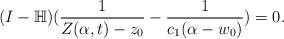
LaTeX: \begin{align*}(I-\mathbb{H})(\frac{1}{Z(\alpha,t)-z_0}-\frac{1}{c_1(\alpha-w_0)})=0.\end{align*}